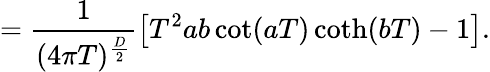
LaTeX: =\frac{1}{(4\pi T)^{\frac{D}{2}}}\left[T^{2}ab\cot(aT)\coth(bT)-1\right].